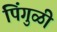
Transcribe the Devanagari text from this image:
पिंगुळी